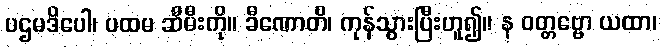
ပဌမဒိပေါ၊ ပထမ ဆီမီးကို။ ခီဏောတိ၊ ကုန်သွားပြီးဟူ၍။ န ဝတ္တဗ္ဗော ယထာ၊